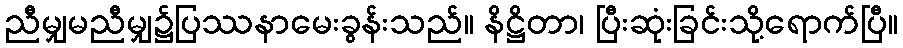
ညီမျှမညီမျှ၌ပြဿနာမေးခွန်းသည်။ နိဋ္ဌိတာ၊ ပြီးဆုံးခြင်းသို့ရောက်ပြီ။